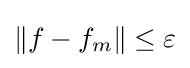
\left\|f-f_{m}\right\|\leq \varepsilon